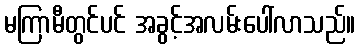
မကြာမီတွင်ပင် အခွင့်အလမ်းပေါ်လာသည်။